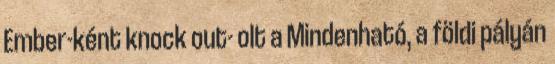
Ember-ként knock out- olt a Mindenható, a földi pályán